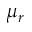
\mu _ { r }